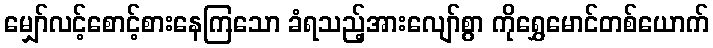
မျှော်လင့်စောင့်စားနေကြသော ခံရသည့်အားလျော်စွာ ကိုရွှေမောင်တစ်ယောက်